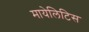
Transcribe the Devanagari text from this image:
मायेलिटिस